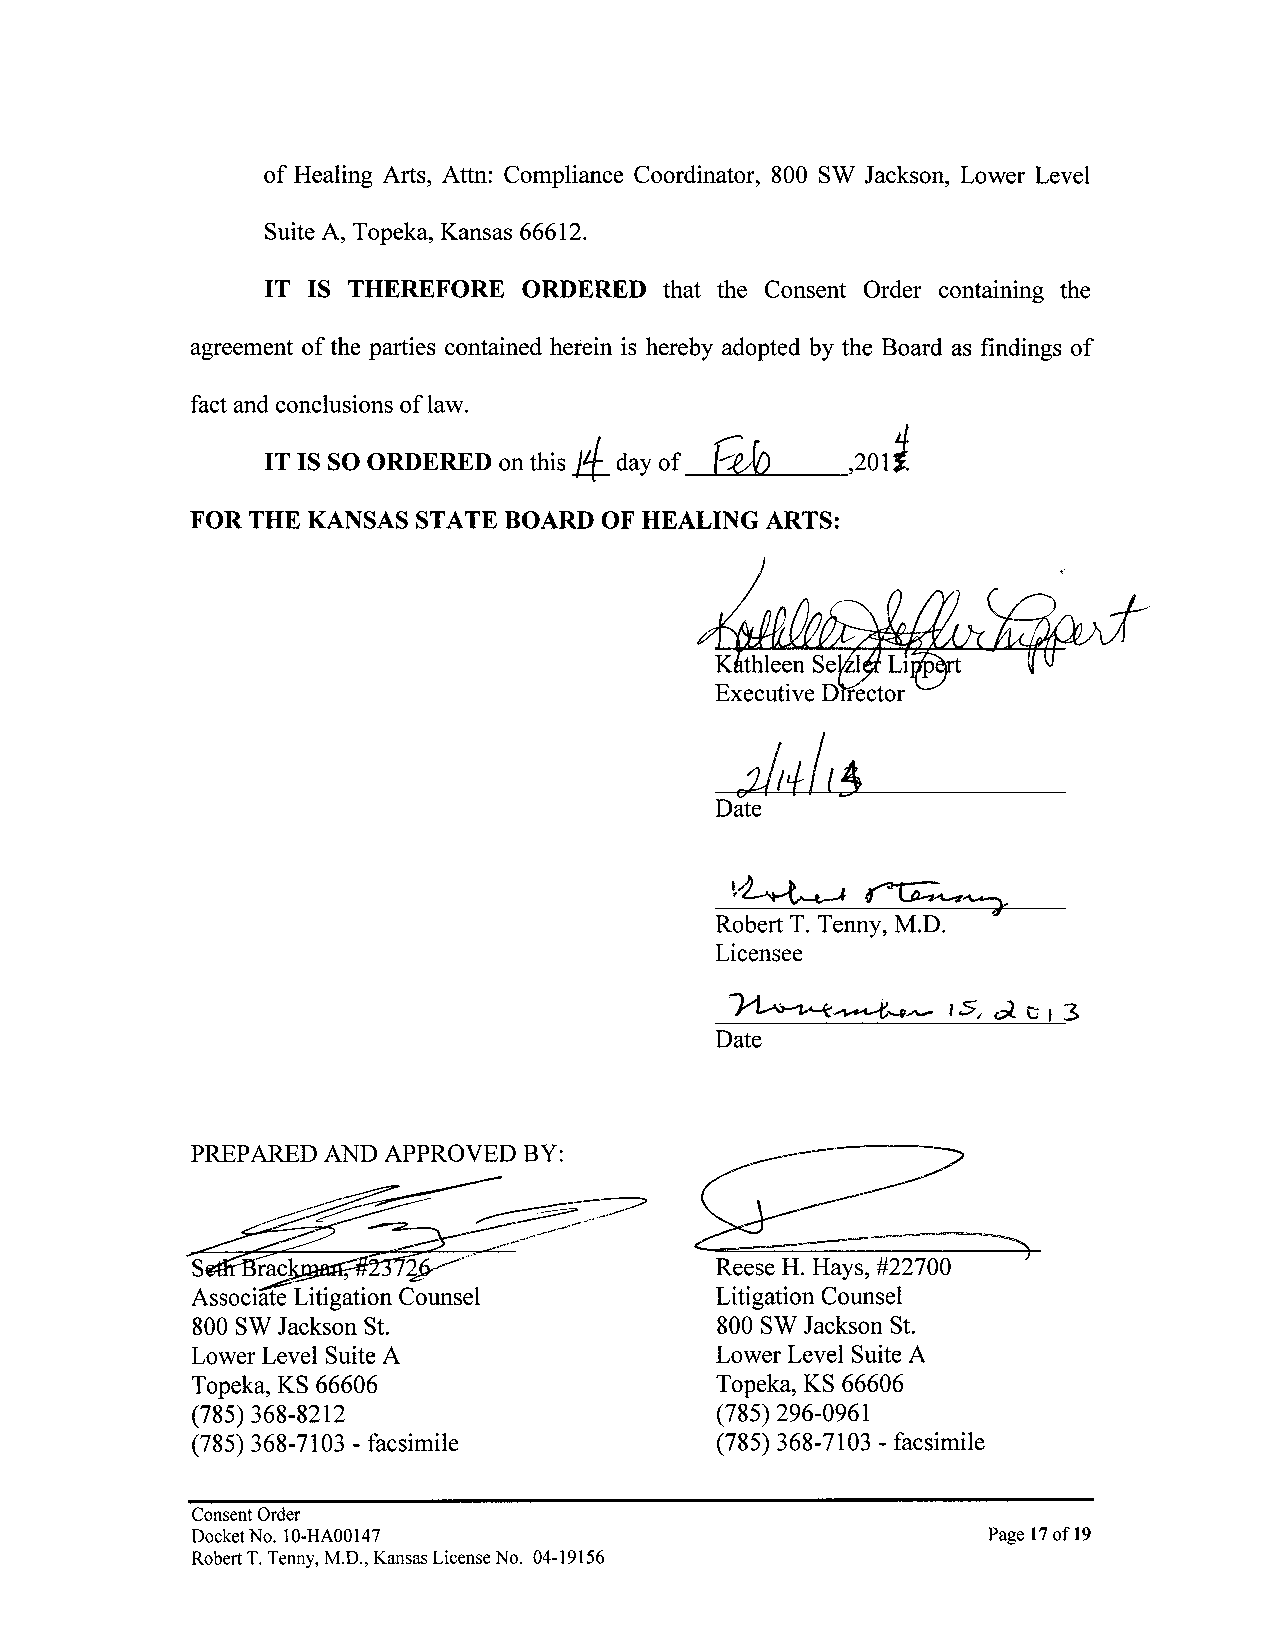
of Healing Arts, Attn: Compliance Coordinator, 800 SW Jackson, Lower Level
 Suite A, Topeka, Kansas 66612.
 IT IS THEREFORE  ORDERED  that the Consent Order containing the
 agreement of the parties contained herein is hereby adopted by the Board as findings of
 fact and conclusions of law. a
 fib
 IT IS SO ORDERED on this day of
 FOR THE KANSAS STATE BOARD OF HEALING ARTS:
 Robert T. Tenny, M.D.
 Licensee
 ~~--,.-        IS, d CI 3
 Date
 PREPARED AND APPROVED BY:
 ~·~
 ~~
 ·    s     ~
 Reese H. Hays, #22700
 Associate Litigation Counsel      Litigation Counsel
 800 SW Jackson St.                800 SW Jackson St.
 Lower Level Suite A               Lower Level Suite A
 Topeka, KS 66606                  Topeka, KS 66606
 (785) 368-8212                    (785) 296-0961
 (785) 368-7103 - facsimile        (785) 368-7103 - facsimile
 Consent Order
 Docket No. I0-HA00147                               Page 17 of19
 Robert T. Tenny, M.D., Kansas License No. 04-19156